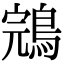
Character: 鵍